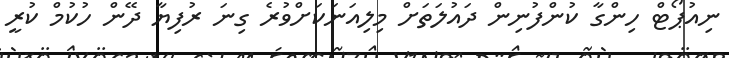
ނިއުޕޯޓް ހިންގާ ކުންފުނިން ދައުލަތަށް މިލިއަނަކަށްވުރެ ގިނަ ރުފިޔާ ދޭން ހުކުމް ކުރީ